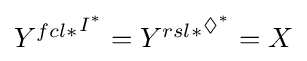
{\textstyle {Y^{fcl\ast }}^{I^{\ast }}={Y^{rsl\ast }}^{\Diamond ^{\ast }}=X}